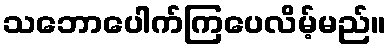
သဘောပေါက်ကြပေလိမ့်မည်။